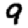
Digit: 9